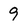
Character: 9